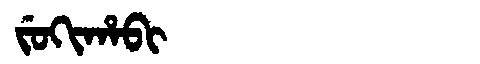
Manchu: ᠵᡠᡴᡳᡥᠠᠪᡳ
Romanization: JUKIHABI